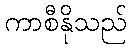
ကာစီနိုသည်